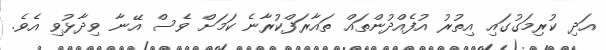
އަދި ކުރިމަގުގައި އިތުރު އުފެއްދުންތައް ތައާރަފްކުރާނެ ކަމަށް ވެސް އޭނާ ވިދާޅުވި އެވެ.